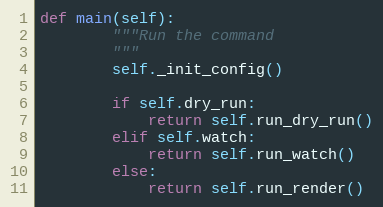
Language: Python
def main(self):
        """Run the command
        """
        self._init_config()

        if self.dry_run:
            return self.run_dry_run()
        elif self.watch:
            return self.run_watch()
        else:
            return self.run_render()